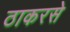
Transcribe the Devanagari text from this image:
ठाकरसे